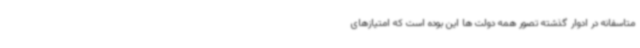
متاسفانه در ادوار گذشته تصور همه دولت ها این بوده است که امتیازهای